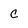
Character: c